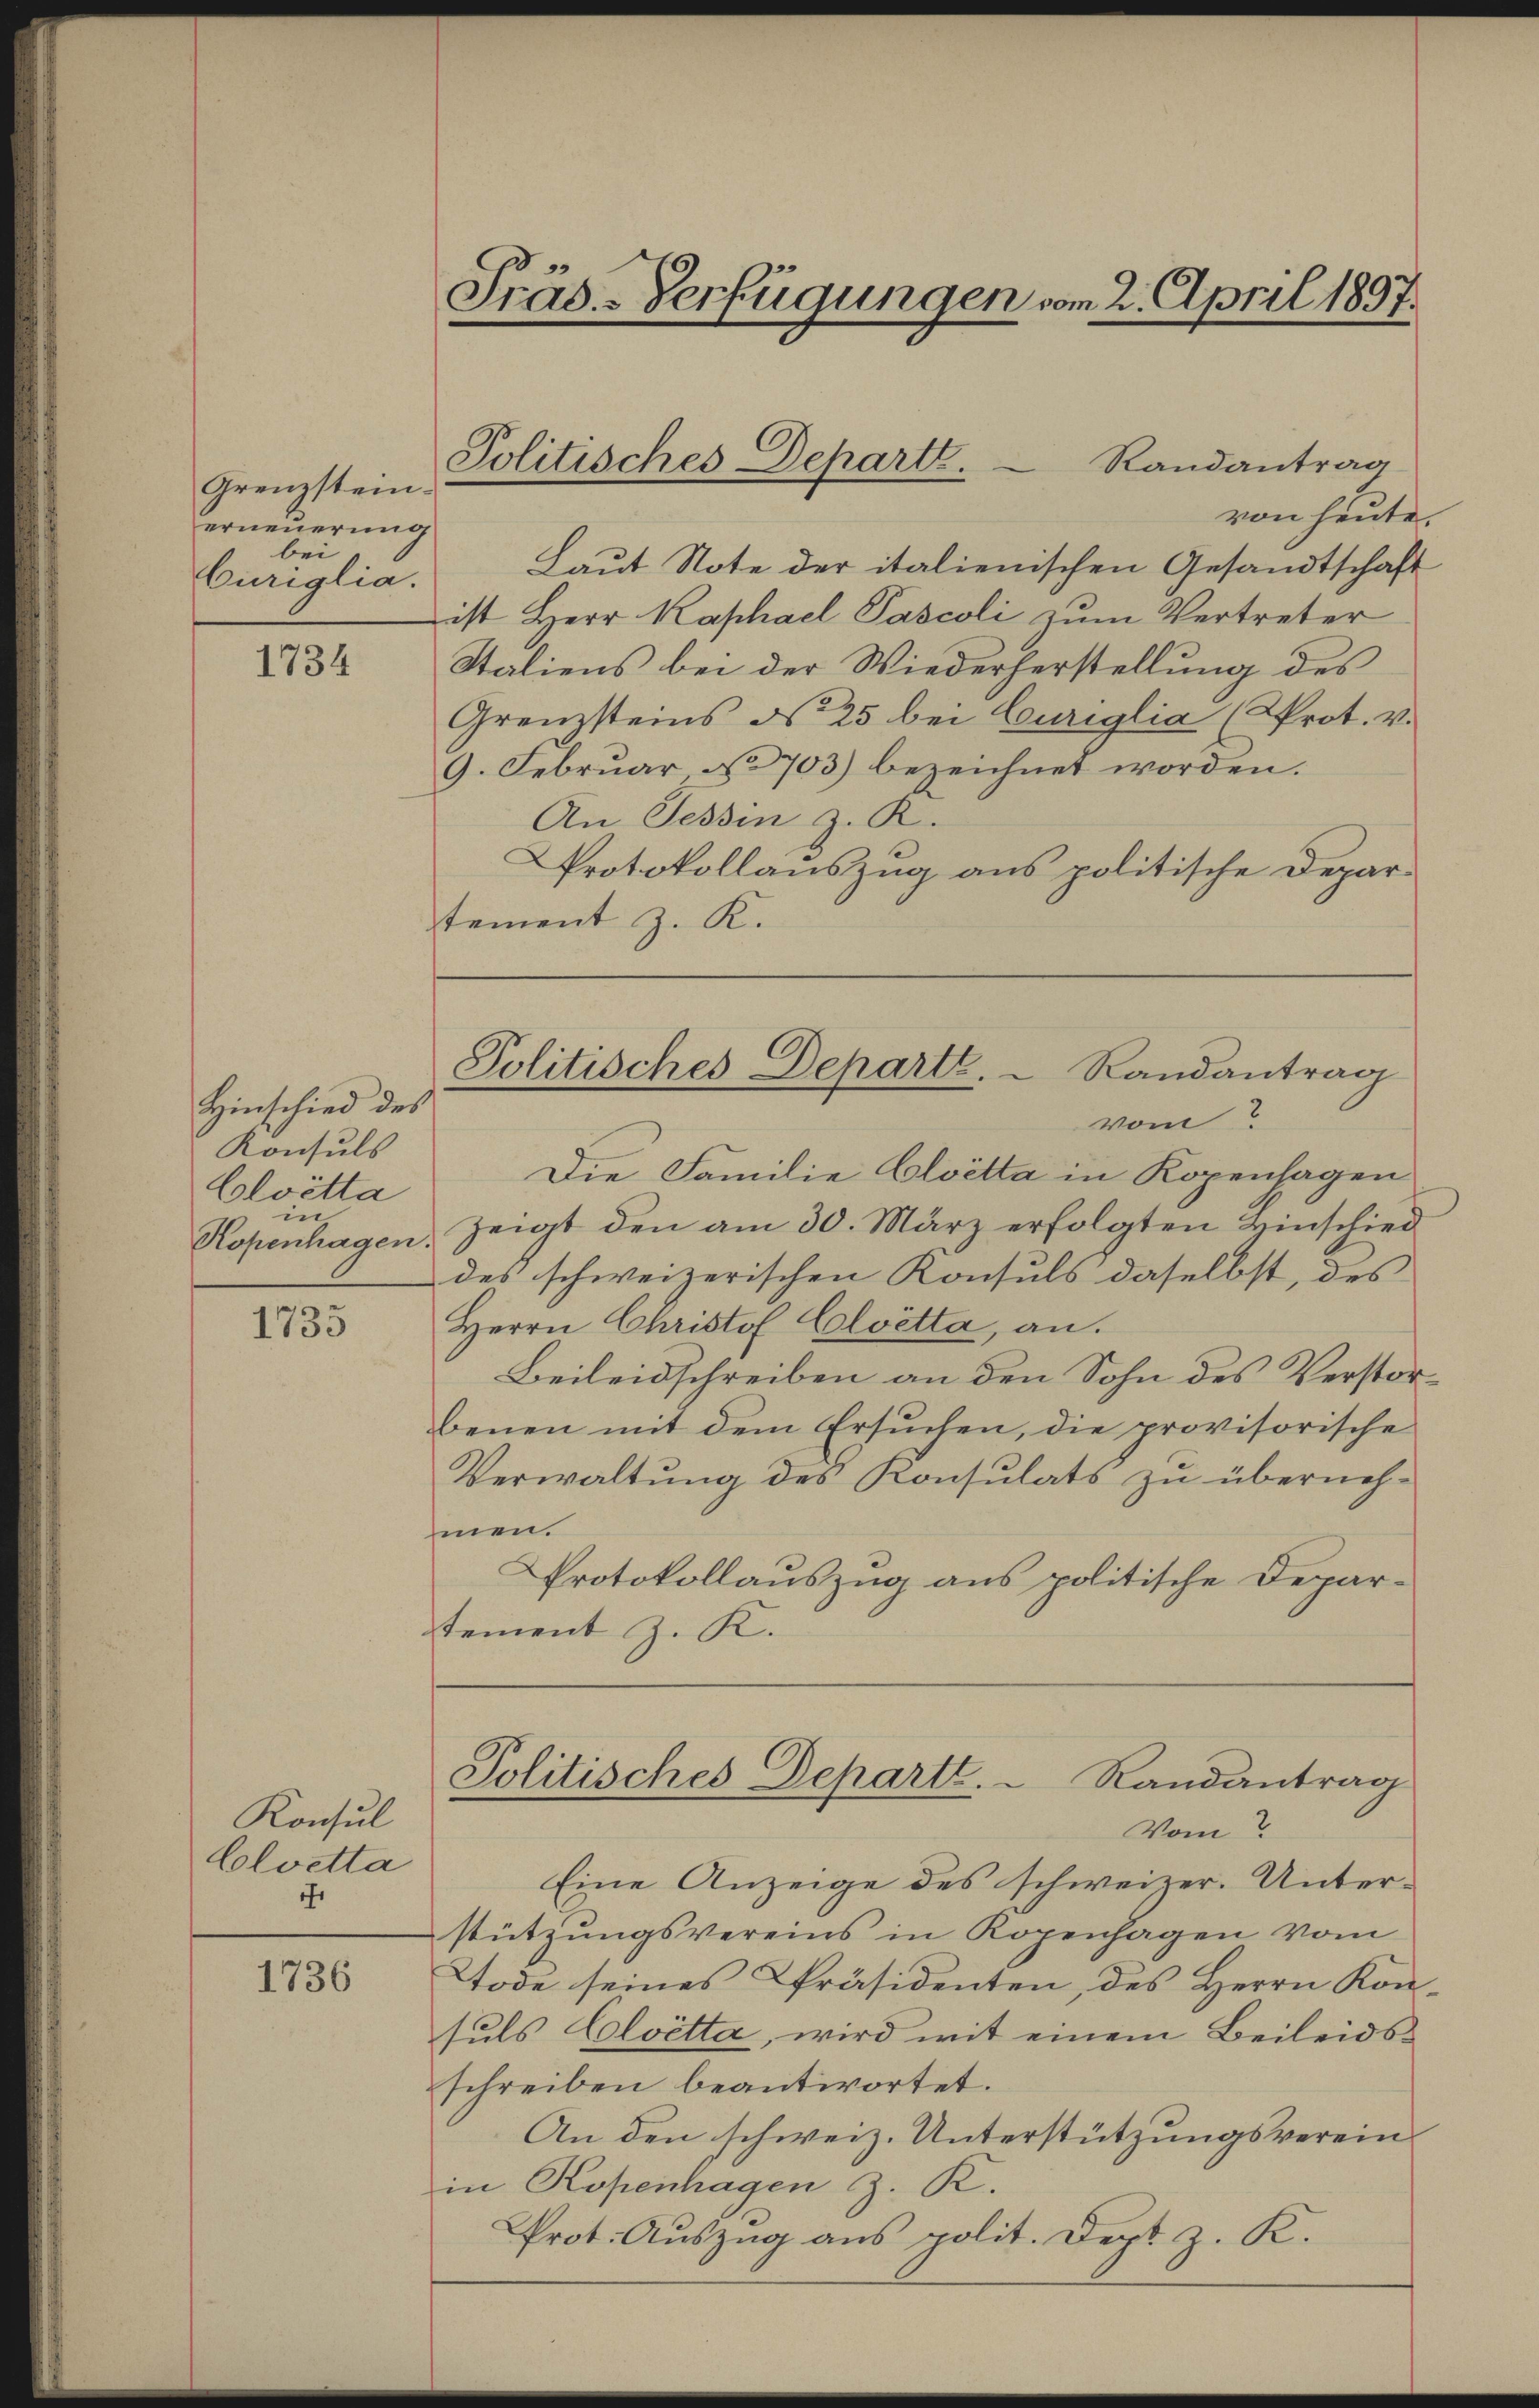
Grenzstein.
erneuerung
bei
büriglia.

1734

Hinschied des
Konsuls
Colvitta
in
Kopenhagen.

1735

Konsul
Cloetta
ihr

1736

Prus-Verfügungen vom 2. April 1897.

von heute.
Laŭt Note der italienischen Gesandtschaft
ist Herr Kaphael Pascoli zum Vertreter
Staliens bei der Wiederherstellung des
Grenzsteins No 25 bei Curiglia (Prot. v.
9. Februar No 703) bezeichnet worden.
An Tessin z. R.
Protokollauszug aus politische Departement z. K.

Politisches Departe.   Randantrag

Politisches Departe.  Randantrag
vom 2

Die Familie Cloetta in Kopenhagen
Zeigt den am 30. März erfolgten Einschied
des schweizerischen Konsuls daselbst, des
Herrn Christof Cloetta, an.
Beileidschreiben an den Sohn des Verstorbenen mit dem Ersuchen, die provisorische
Verwaltung des Konsulats zu überneh-
men.
Protokollauszug aus politische Departement z. K.

Eine Anzeige des schweizer. Unterstützungsvereins in Kopenhagen vom
Tode seines Präsidenten, des Herrn Konsuls Cloetta, wird mit einem Beileidsschreiben beantwortet.
An den schweiz. Unterstützungsvereinin Kopenhagen z. K.
Prot. Auszug aus polit. Sept z. K.

Politisches Departt.  Randantrag
Vom